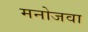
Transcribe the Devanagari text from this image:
मनोजवा